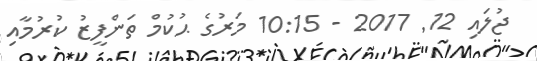
ޖުލައި 12